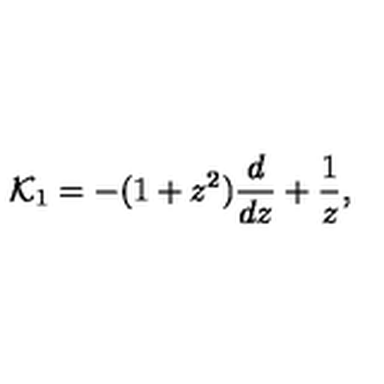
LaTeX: { \cal K } _ { 1 } = - ( 1 + z ^ { 2 } ) { \frac { d } { d z } } + { \frac { 1 } { z } } ,